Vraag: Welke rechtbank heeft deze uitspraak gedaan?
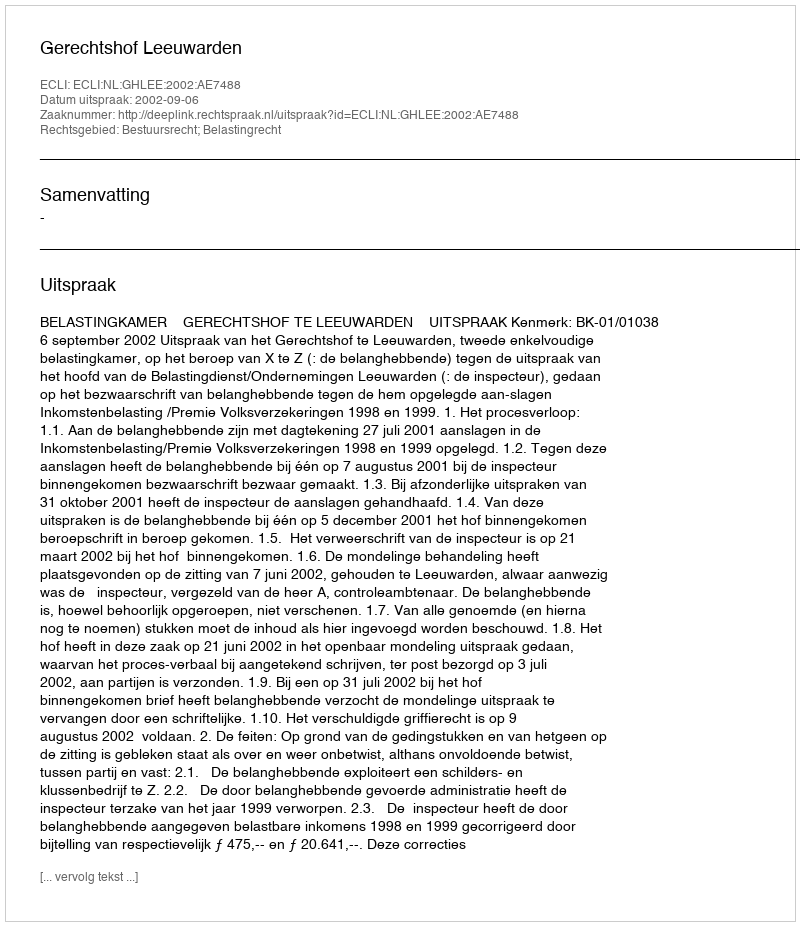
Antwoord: Gerechtshof Leeuwarden